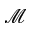
\mathcal { M }